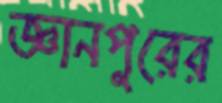
জ্ঞানপুরের